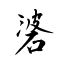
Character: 碆